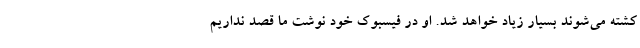
کشته می‌شوند بسیار زیاد خواهد شد. او در فیسبوک خود نوشت ما قصد نداریم